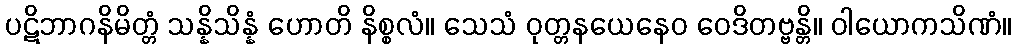
ပဋိဘာဂနိမိတ္တံ သန္နိသိန္နံ ဟောတိ နိစ္စလံ။ သေသံ ဝုတ္တနယေနေဝ ဝေဒိတဗ္ဗန္တိ။ ဝါယောကသိဏံ။